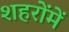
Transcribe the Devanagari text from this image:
शहरोंमें